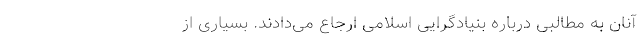
آنان به مطالبی درباره بنیادگرایی اسلامی ارجاع می‌دادند. بسیاری از